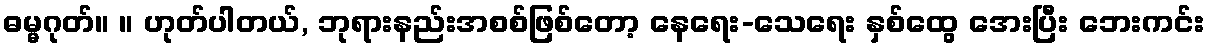
ဓမ္မဂုတ်။ ။ ဟုတ်ပါတယ်, ဘုရားနည်းအစစ်ဖြစ်တော့ နေရေး-သေရေး နှစ်ထွေ အေးပြီး ဘေးကင်း